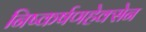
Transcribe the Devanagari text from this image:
निष्कर्षणहेक्सेन